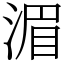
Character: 湄